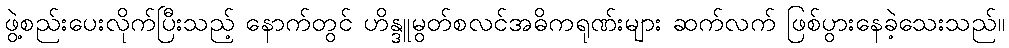
ဖွဲ့စည်းပေးလိုက်ပြီးသည့် နောက်တွင် ဟိန္ဒူမွတ်စလင်အဓိကရုဏ်းများ ဆက်လက် ဖြစ်ပွားနေခဲ့သေးသည်။